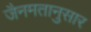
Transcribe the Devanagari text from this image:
जैनमतानुसार